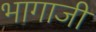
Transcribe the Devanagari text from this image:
भागाजी